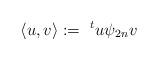
LaTeX: \begin{align*}\langle u, v \rangle := \,\, ^{t}u \psi_{2n}v\end{align*}